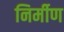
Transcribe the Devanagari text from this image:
निर्मीण